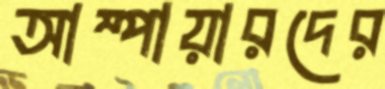
আম্পায়ারদের